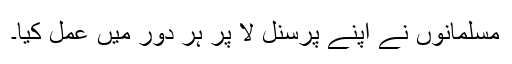
مسلمانوں نے اپنے پرسنل لا پر ہر دور میں عمل کیا۔